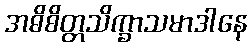
အဓိစိတ္တသိက္ခာသမာဒါနေ